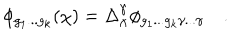
\phi _ { g _ { 1 } . . . g _ { k } } ( \chi ) = \Delta _ { \chi } ^ { \gamma } \phi _ { g _ { 1 } . . . g _ { k } \gamma . . . \gamma } \quad .